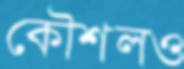
কৌশলও